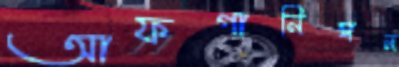
আফগানিন্তান